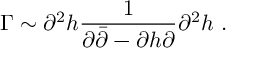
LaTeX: \Gamma \sim \partial ^ { 2 } h \frac { 1 } { \partial \bar { \partial } - \partial h \partial } \partial ^ { 2 } h \ .